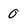
Character: 0